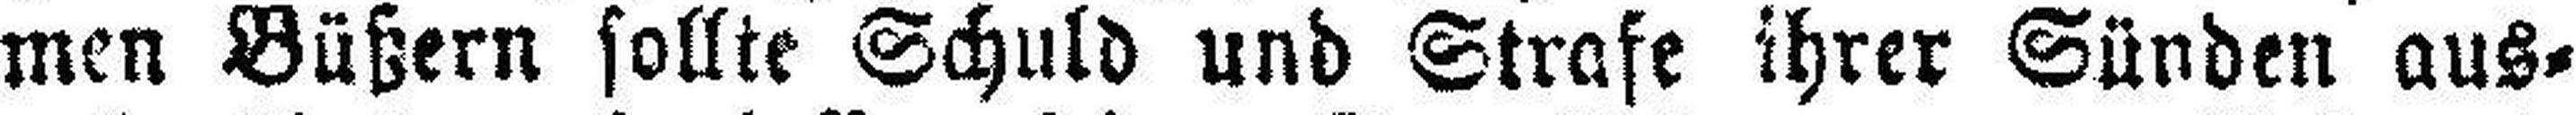
men Büßern sollte Schuld und Strafe ihrer Sünden aus¬